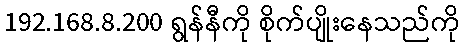
192.168.8.200 ရွန်နီကို စိုက်ပျိုးနေသည်ကို